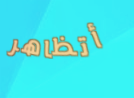
أتظاهر